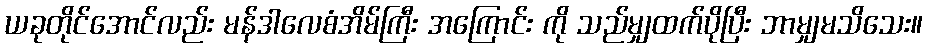
ယခုတိုင်အောင်လည်း မန်ဒါလေစံအိမ်ကြီး အကြောင်း ကို သည်မျှထက်ပိုပြီး ဘာမျှမသိသေး။